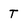
Character: T